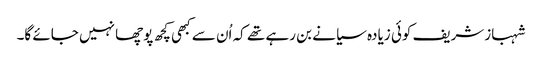
شہبازشریف کوئی زیادہ سیانے بن رہے تھے کہ اُن سے کبھی کچھ پوچھا نہیں جائے گا۔